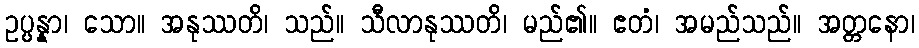
ဥပ္ပန္နာ၊ သော။ အနုဿတိ၊ သည်။ သီလာနုဿတိ၊ မည်၏။ ဧတံ၊ အမည်သည်။ အတ္တနော၊